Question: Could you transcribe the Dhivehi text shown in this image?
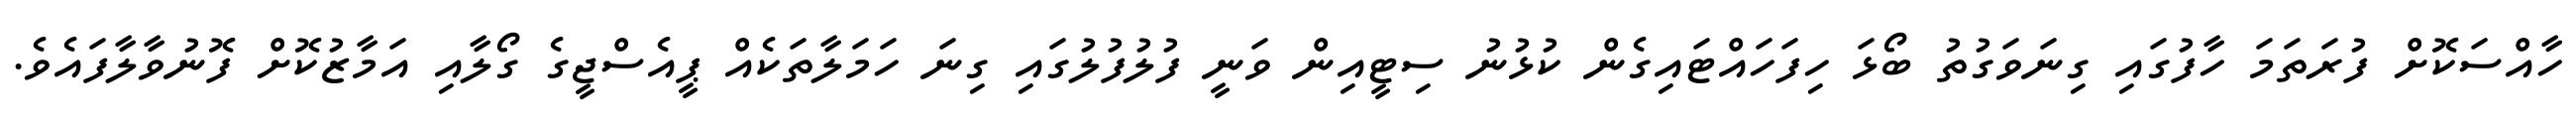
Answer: ހާއްސަކޮށް ފުރަތަމަ ހާފުގައި ގިނަވަގުތު ބޯޅަ ހިފަހައްޓައިގެން ކުޅުނު ސިޓީއިން ވަނީ ފުލުފުލުގައި ގިނަ ހަމަލާތަކެއް ޕީއެސްޖީގެ ގޯލާއި އަމާޒުކޮށް ފޮނުވާލާފައެވެ.